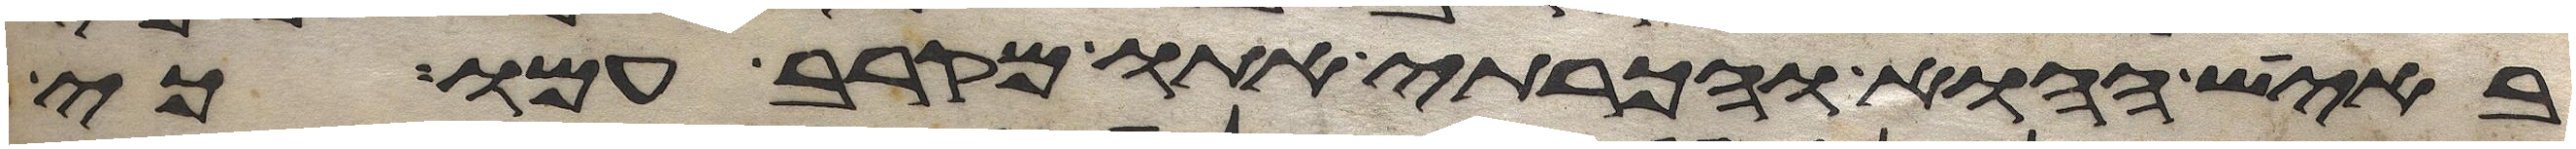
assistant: באיש ההוא והכרתי אתו מקרב עמו כי